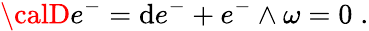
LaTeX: {\calD}e^{-}=\mathrm{d}e^{-}+e^{-}\wedge\omega=0\; .